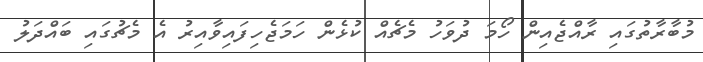
މުބާރާތުގައި ރާއްޖެއިން ހޯމަ ދުވަހު މެޗެއް ކުޅެން ހަމަޖެހިފައިވާއިރު އެ މެޗުގައި ބައްދަލު